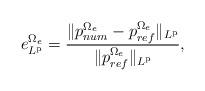
LaTeX: \begin{align*} e^{\Omega_e}_{L^{\mathrm{p}}}=\frac{\lVert p_{num}^{\Omega_e} - p_{ref}^{\Omega_e} \rVert_{L^{\mathrm{p}}}}{\lVert p_{ref}^{\Omega_e} \rVert_{L^{\mathrm{p}}}}, \end{align*}